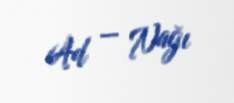
Ad — Nağı